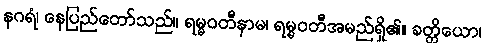
နဂရံ၊ နေပြည်တော်သည်။ ရမ္မဝတီနာမ၊ ရမ္မဝတီအမည်ရှိ၏။ ခတ္တိယော၊